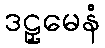
ဒဠှမေနံ